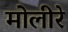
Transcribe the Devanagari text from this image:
मोलीरे